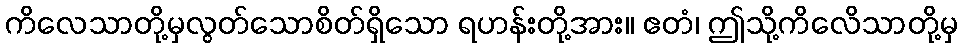
ကိလေသာတို့မှလွတ်သောစိတ်ရှိသော ရဟန်းတို့အား။ ဧတံ၊ ဤသို့ကိလေိသာတို့မှ